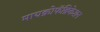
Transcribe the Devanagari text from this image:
मायक्रोफॅब्रिकेशन